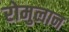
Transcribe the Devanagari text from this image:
रोमुलान